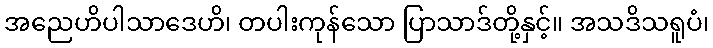
အညေဟိပါသာဒေဟိ၊ တပါးကုန်သော ပြာသာဒ်တို့နှင့်။ အသဒိသရူပံ၊